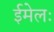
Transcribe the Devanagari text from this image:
ईमेलः